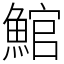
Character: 𩸘